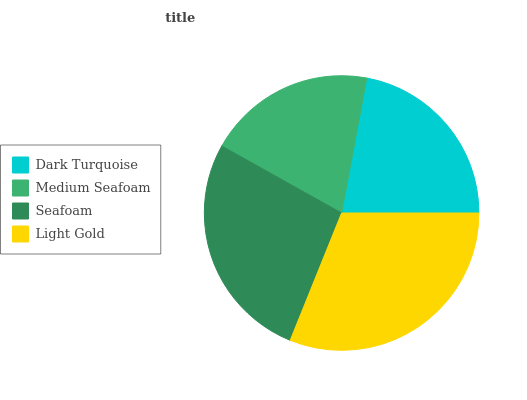
| Dark Turquoise | Medium Seafoam | Seafoam | Light Gold |
 | --- | --- | --- | --- |
 | 22.1% | 19.9% | 27% | 31% |